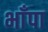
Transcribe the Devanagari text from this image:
भाँपा